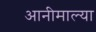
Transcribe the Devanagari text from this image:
आनीमाल्या